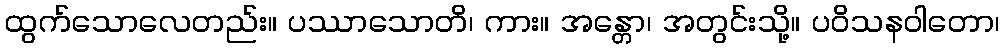
ထွက်သောလေတည်း။ ပဿာသောတိ၊ ကား။ အန္တော၊ အတွင်းသို့။ ပဝိသနဝါတော၊